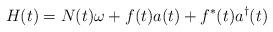
LaTeX: \begin{align*}H(t) = N(t) \omega + f(t) a(t) + f^*(t) a^{\dagger}(t)\end{align*}